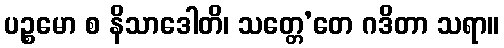
ပဉ္စမော စ နိသာဒေါတိ၊ သတ္တေ’တေ ဂဒိတာ သရာ။